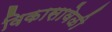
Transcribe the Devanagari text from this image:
विकासावेळी